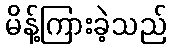
မိန့်ကြားခဲ့သည်